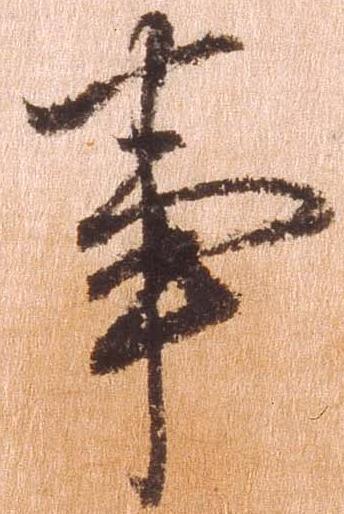
事